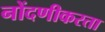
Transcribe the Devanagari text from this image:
नोंदणीकरता